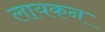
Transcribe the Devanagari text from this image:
लायकन